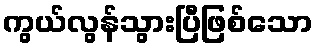
ကွယ်လွန်သွားပြီဖြစ်သော